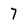
Character: 7